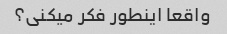
واقعا اینطور فکر میکنی؟